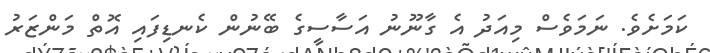
ކަމަށެވެ. ނަމަވެސް މިއަދު އެ ގާނޫނު އަސާސީގެ ބޭނުން ކެނޑިފައި އޮތް މަންޒަރު